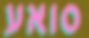
סואע